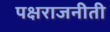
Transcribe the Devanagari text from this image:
पक्षराजनीती